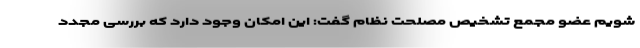
شویم عضو مجمع تشخیص مصلحت نظام گفت: این امکان وجود دارد که بررسی مجدد